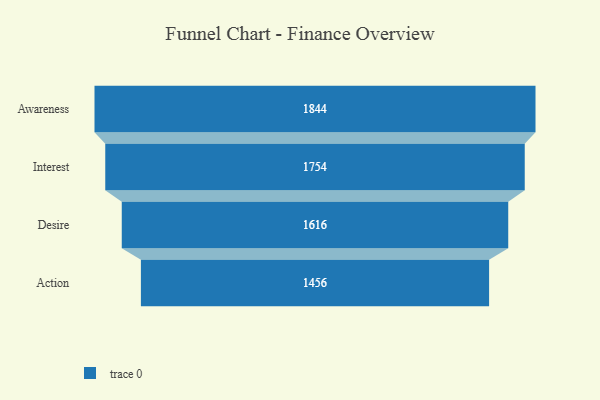
{"axis": {"x": "Stage", "y": "Value"}, "legend": [""], "data": [{"x": "Awareness", "y": 1844.0, "type": ""}, {"x": "Interest", "y": 1754.0, "type": ""}, {"x": "Desire", "y": 1616.0, "type": ""}, {"x": "Action", "y": 1456.0, "type": ""}]}